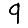
Digit: 9